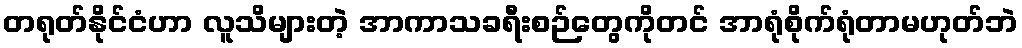
တရုတ်နိုင်ငံဟာ လူသိများတဲ့ အာကာသခရီးစဉ်တွေကိုတင် အာရုံစိုက်ရုံတာမဟုတ်ဘဲ